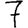
Digit: 7